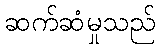
ဆက်ဆံမှုသည်